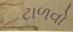
ટાળવો